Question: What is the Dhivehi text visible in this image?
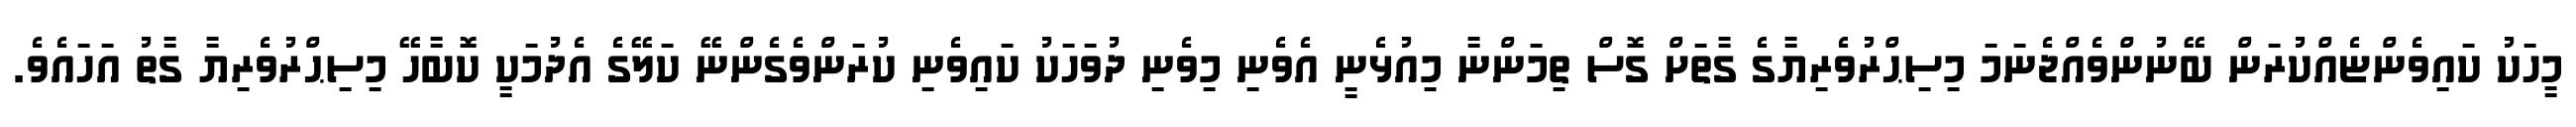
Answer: މީހަކު ކައިވެންޏެއްކުރަން ބޭނުންވެއްޖެނަމަ މިސިޙްރުވެރިޔާގެ ގާތަށް ގޮސް ތިމަންނާ މިއުޅެނީ އެވެނި މިވެނި ދުވަހަކު ކައިވެނި ކުރަންވެގެންނޭ ކަލޭގެ އެދުމަކީ ކޮބާހޭ މިސިޙްރުވެރިޔާ ގާތު އަހައެވެ.